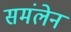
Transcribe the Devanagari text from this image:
समंलेन